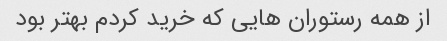
از همه رستوران هایی که خرید کردم بهتر بود